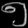
Digit: ၅